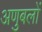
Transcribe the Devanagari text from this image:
अणुबलों